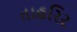
તાહરિર